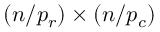
( n / p _ { r } ) \times ( n / p _ { c } )